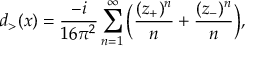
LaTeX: d _ { > } ( x ) = { \frac { - i } { 1 6 \pi ^ { 2 } } } \sum _ { n = 1 } ^ { \infty } \Big ( { \frac { ( z _ { + } ) ^ { n } } { n } } + { \frac { ( z _ { - } ) ^ { n } } { n } } \Big ) ,